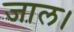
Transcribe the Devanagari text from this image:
जाल।